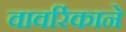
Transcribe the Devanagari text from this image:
वावरिंकाने